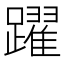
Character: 躍